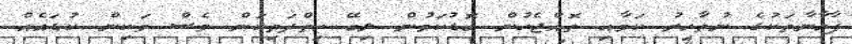
ފާހާނާތަކުގެ ނުތާހިރު ކަމާއި ތޮއްޖެހުން ބޮޑުކަމުން ލިބޭ ހިތްދަތިކަން ވެސް ވަކިން ކުޑައެއް